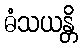
ဓံသယန္တိ